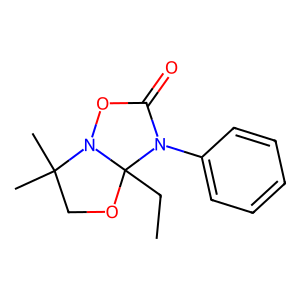
SMILES: CCC12OCC(C)(C)N1OC(=O)N2c1ccccc1
Inhibits HIV replication: No